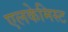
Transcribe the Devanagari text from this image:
एलकेमिस्ट